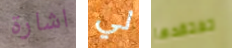
اشارة لي تفتقدها